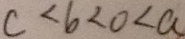
c < b < 0 < a